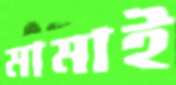
মামাই